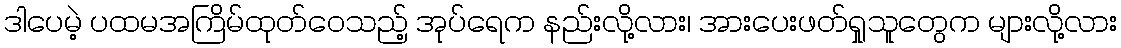
ဒါပေမဲ့ ပထမအကြိမ်ထုတ်ဝေသည့် အုပ်ရေက နည်းလို့လား၊ အားပေးဖတ်ရှုသူတွေက များလို့လား